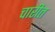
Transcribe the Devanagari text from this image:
चारीत